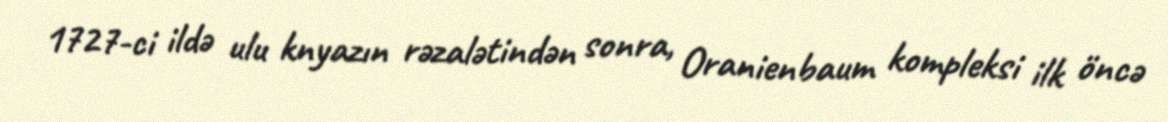
1727-ci ildə ulu knyazın rəzalətindən sonra, Oranienbaum kompleksi ilk öncə